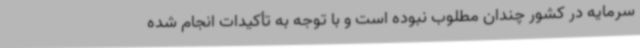
سرمایه در کشور چندان مطلوب نبوده است و با توجه به تأکیدات انجام شده